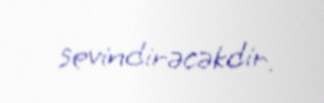
sevindirəcəkdir.